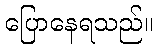
ပြောနေရသည်။